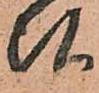
弘